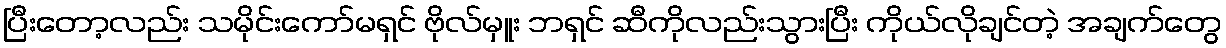
ပြီးတော့လည်း သမိုင်းကော်မရှင် ဗိုလ်မှူး ဘရှင် ဆီကိုလည်းသွားပြီး ကိုယ်လိုချင်တဲ့ အချက်တွေ